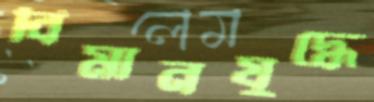
বিমানযুদ্ধে